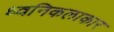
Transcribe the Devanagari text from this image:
ध्वनिकलाकार